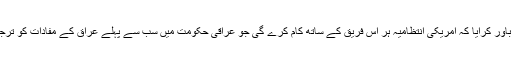
شنکر نے باور کرایا کہ امریکی انتظامیہ ہر اُس فریق کے ساتھ کام کرے گی جو عراقی حکومت میں سب سے پہلے عراق کے مفادات کو ترجیح دے گا۔